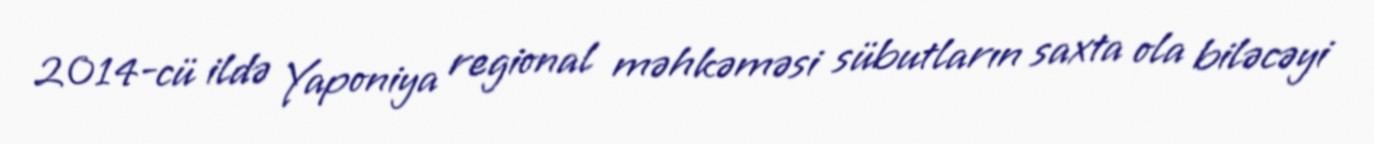
2014-cü ildə Yaponiya regional məhkəməsi sübutların saxta ola biləcəyi